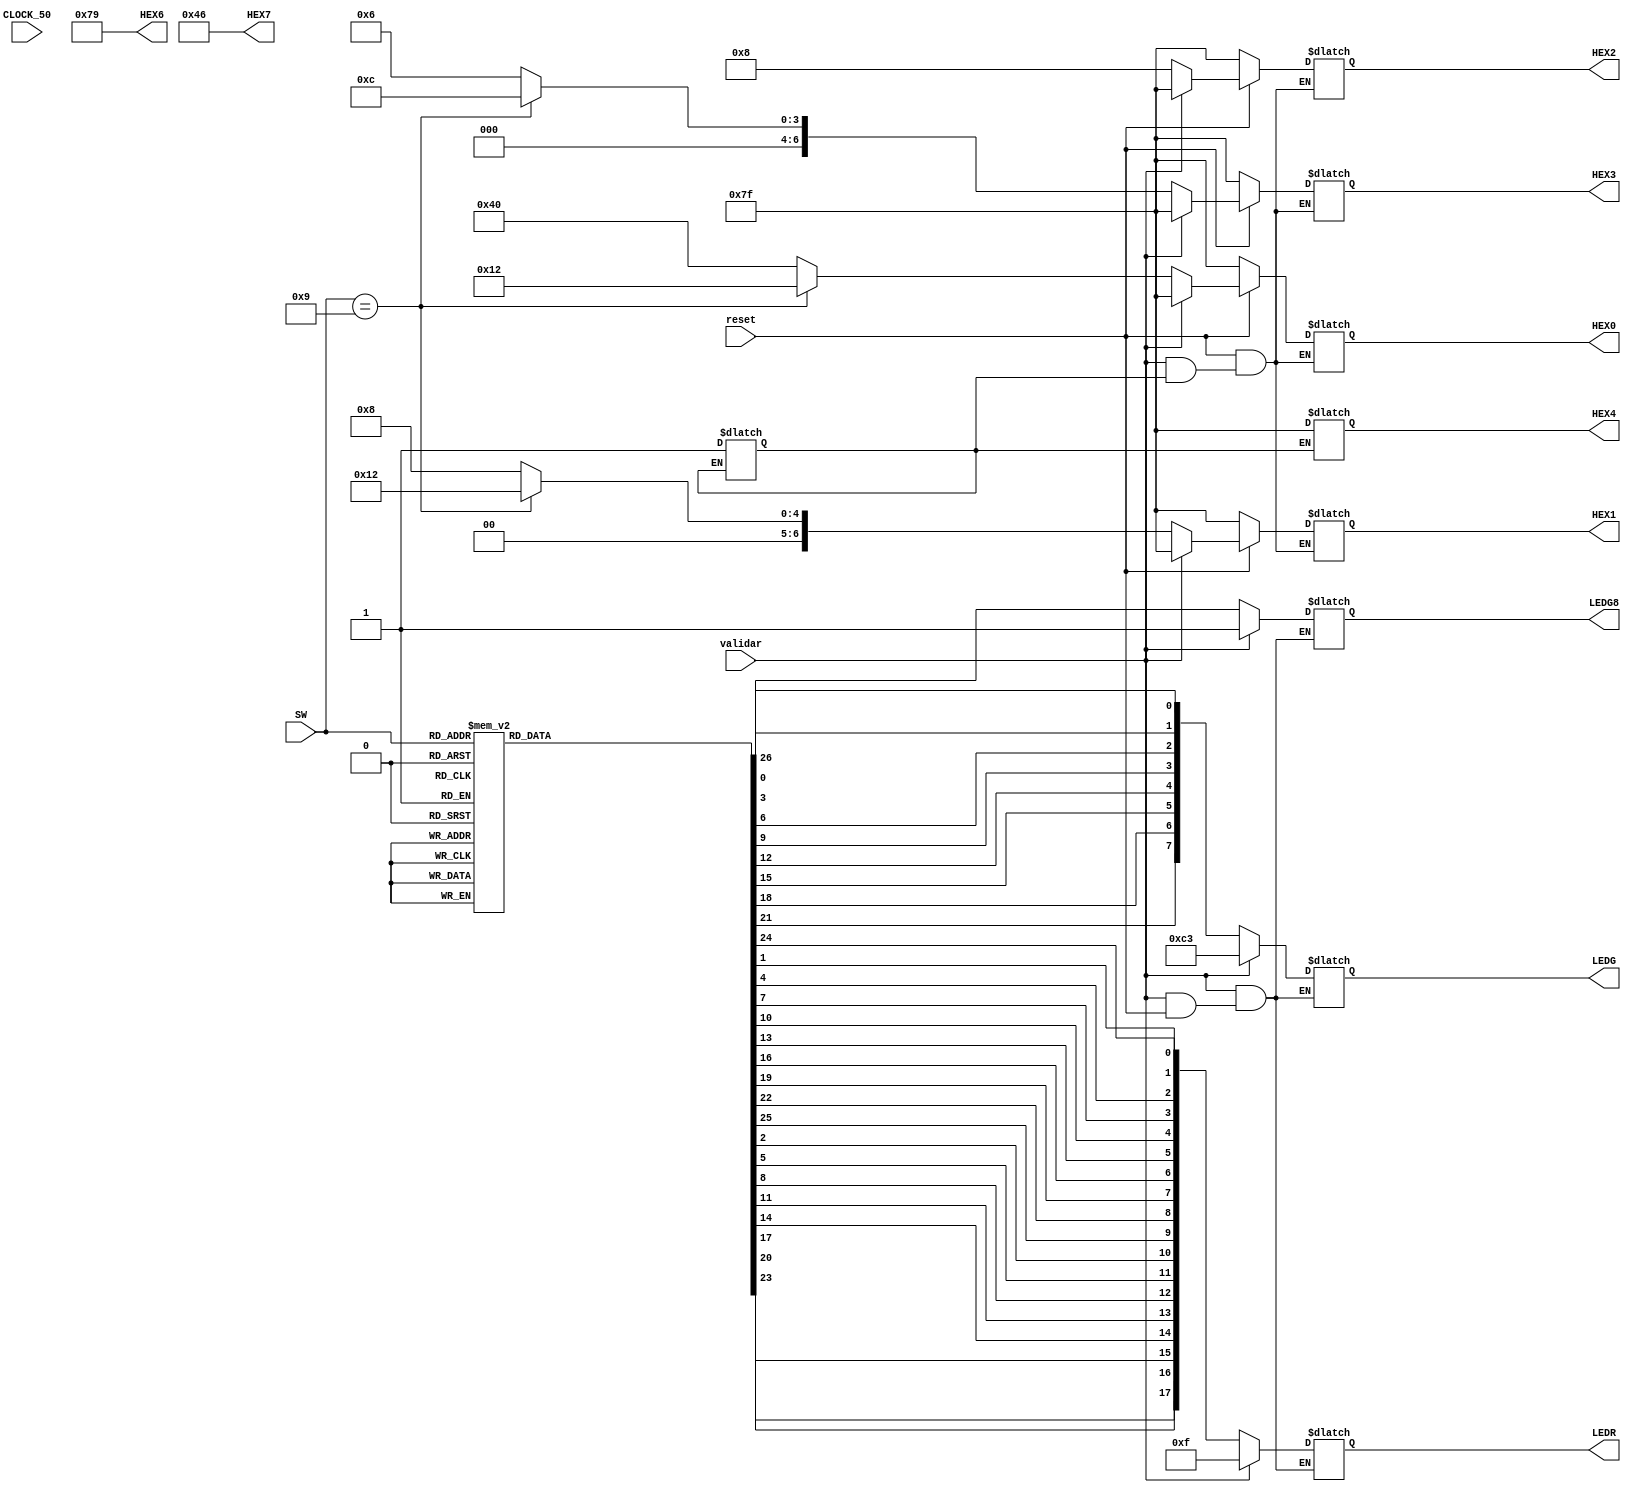
////////////////////////////////////////////////////////////////
////////////////////////////////////////////////////////////////
//// 	Projeto para disciplina de Circuitos Lgicos II		////
//// 														////
////						CI-LOCKER						////
////														////
////	Discentes: Digenes									////
////			   Lucas Jurani Lustosa Lopes				////
////			   Marclio Jnior							////
////														////
////	Professor: Eudisley Anjos							////
////														////
////    Descrio: Prottipo de fechadura utilizando  		////
////			   FPGA Altera DE-2 e linguagem Verilog		////
////			   para o Centro de Informtica.			////
////////////////////////////////////////////////////////////////
////////////////////////////////////////////////////////////////



// Mdulo para declarao das varives e afins

module CILOCKER7SEGv1(
output reg [17:0] LEDR,
output reg [7:0] LEDG,
output reg LEDG8,
output reg [6:0] HEX0, HEX1, HEX2, HEX3, HEX4, HEX6, HEX7,
input validar,reset,CLOCK_50,
input [3:0]SW
);

always @(CLOCK_50) begin
	HEX6 = 7'b1111001;
	HEX7 = 7'b1000110;
end

// Registradores
reg apaga;
reg count = 7'b0000000;

// Instrues para impresso no display 7 segmentos para senha (Correta / Errada)

/*
always @ (validar) begin
	if(validar == 0) begin
		case(SW)
			4'b1001 : begin
				count = count + 1;
			end
		endcase
	end
end
*/
/*
always @ (*) begin	
		case(count)
			0 : begin
				HEX4 = 7'b0000001;
			end
			
			1 : begin
				HEX4 = 7'b1001111;
			end
			2 : begin
				HEX4 = 7'b0010010;
			end
			3 : begin
				HEX4 = 7'b0000110;
			end
			4 : begin
				HEX4 = 7'b1001100;
			end
			5 : begin
				HEX4 = 7'b0100100;
			end
			6 : begin
				HEX4 = 7'b0100000;
			end
			7 : begin
				HEX4 = 7'b0001111;
			end
			8 : begin
				HEX4 = 7'b0000000;
			end
			9 : begin
				HEX4 = 7'b0000100;
			end
		endcase
end
*/
			
always @ (validar or reset) begin	

	if(apaga == 0)begin
				HEX4 = 7'b1111111;
				HEX3 = 7'b1111111;
				HEX2 = 7'b1111111;
				HEX1 = 7'b1111111;
				HEX0 = 7'b1111111;
				apaga = 1;
			end								
	
	if(validar == 0) begin											
		HEX3 = (SW [3:0] == 4'b1001) ?  7'b0001100 : 7'b0000110;	//
		HEX2 = (SW [3:0] == 4'b1001) ?  7'b0001000 : 7'b0001000;	// Condio para que determinado letra aparea
		HEX1 = (SW [3:0] == 4'b1001) ?  7'b0010010 : 7'b0001000;	// nos display 7seg.
		HEX0 = (SW [3:0] == 4'b1001) ?  7'b0010010 : 7'b1000000;	//
		count = count + 1;	
		end															
	if (reset == 0) begin											
		HEX3 = 7'b1111111;											//
		HEX2 = 7'b1111111;											// Condio atrelada ao boto reset para
		HEX1 = 7'b1111111;											// zerar o display 7seg.
		HEX0 = 7'b1111111;											//
		end
end
	
	
// Always para condio de senha com estrutura "CASE"

always @ (validar or reset) begin
 	if(validar == 0) begin
		case(SW) 
			4'b0000: begin 
				LEDG[0] = 1; LEDR[1] = 1; LEDR[10] = 1; 
				LEDG[1] = 1; LEDR[2] = 1; LEDR[11] = 1; 
				LEDG[2] = 0; LEDR[3] = 1; LEDR[12] = 1; 
				LEDG[3] = 0; LEDR[4] = 1; LEDR[13] = 1; 
				LEDG[4] = 0; LEDR[5] = 1; LEDR[14] = 1; 
				LEDG[5] = 0; LEDR[6] = 1; LEDR[15] = 1; 
				LEDG[6] = 0; LEDR[7] = 1; LEDR[16] = 1; 
				LEDG[7] = 0; LEDR[8] = 1; LEDR[17] = 1; 
				LEDR[0] = 1; LEDR[9] = 1; LEDG8    = 0;  
			end 
			
			4'b0001: begin 
				LEDG[0] = 1; LEDR[1] = 1; LEDR[10] = 1; 
				LEDG[1] = 1; LEDR[2] = 1; LEDR[11] = 1; 
				LEDG[2] = 0; LEDR[3] = 1; LEDR[12] = 1; 
				LEDG[3] = 0; LEDR[4] = 1; LEDR[13] = 1; 
				LEDG[4] = 0; LEDR[5] = 1; LEDR[14] = 1; 
				LEDG[5] = 0; LEDR[6] = 1; LEDR[15] = 1; 
				LEDG[6] = 0; LEDR[7] = 1; LEDR[16] = 1; 
				LEDG[7] = 0; LEDR[8] = 1; LEDR[17] = 1; 
				LEDR[0] = 1;  LEDR[9] = 1; LEDG8 = 0;
			end 
			
			4'b0010:begin 
				LEDG[0] = 1; LEDR[1] = 1; LEDR[10] = 1; 
				LEDG[1] = 1; LEDR[2] = 1; LEDR[11] = 1; 
				LEDG[2] = 0; LEDR[3] = 1; LEDR[12] = 1; 
				LEDG[3] = 0; LEDR[4] = 1; LEDR[13] = 1; 
				LEDG[4] = 0; LEDR[5] = 1; LEDR[14] = 1; 
				LEDG[5] = 0; LEDR[6] = 1; LEDR[15] = 1; 
				LEDG[6] = 0; LEDR[7] = 1; LEDR[16] = 1; 
				LEDG[7] = 0; LEDR[8] = 1; LEDR[17] = 1; 
				LEDR[0] = 1;  LEDR[9] = 1; LEDG8 = 0; 
			end 
			
			4'b0011: begin 
				LEDG[0] = 1; LEDR[1] = 1; LEDR[10] = 1; 
				LEDG[1] = 1; LEDR[2] = 1; LEDR[11] = 1; 
				LEDG[2] = 0; LEDR[3] = 1; LEDR[12] = 1; 
				LEDG[3] = 0; LEDR[4] = 1; LEDR[13] = 1; 
				LEDG[4] = 0; LEDR[5] = 1; LEDR[14] = 1; 
				LEDG[5] = 0; LEDR[6] = 1; LEDR[15] = 1; 
				LEDG[6] = 0; LEDR[7] = 1; LEDR[16] = 1; 
				LEDG[7] = 0; LEDR[8] = 1; LEDR[17] = 1; 
				LEDR[0] = 1;  LEDR[9] = 1; LEDG8 = 0;
			end 
			
			4'b0100: begin 
				LEDG[0] = 1; LEDR[1] = 1; LEDR[10] = 1; 
				LEDG[1] = 1; LEDR[2] = 1; LEDR[11] = 1; 
				LEDG[2] = 0; LEDR[3] = 1; LEDR[12] = 1; 
				LEDG[3] = 0; LEDR[4] = 1; LEDR[13] = 1; 
				LEDG[4] = 0; LEDR[5] = 1; LEDR[14] = 1; 
				LEDG[5] = 0; LEDR[6] = 1; LEDR[15] = 1; 
				LEDG[6] = 0; LEDR[7] = 1; LEDR[16] = 1; 
				LEDG[7] = 0; LEDR[8] = 1; LEDR[17] = 1; 
				LEDR[0] = 1;  LEDR[9] = 1; LEDG8 = 0;
			end 
			
			4'b0101: begin 
				LEDG[0] = 1; LEDR[1] = 1; LEDR[10] = 1; 
				LEDG[1] = 1; LEDR[2] = 1; LEDR[11] = 1; 
				LEDG[2] = 0; LEDR[3] = 1; LEDR[12] = 1; 
				LEDG[3] = 0; LEDR[4] = 1; LEDR[13] = 1; 
				LEDG[4] = 0; LEDR[5] = 1; LEDR[14] = 1; 
				LEDG[5] = 0; LEDR[6] = 1; LEDR[15] = 1; 
				LEDG[6] = 0; LEDR[7] = 1; LEDR[16] = 1; 
				LEDG[7] = 0; LEDR[8] = 1; LEDR[17] = 1; 
				LEDR[0] = 1;  LEDR[9] = 1;  LEDG8 = 0;
			end 
			
			4'b0110: begin 
				LEDG[0] = 1; LEDR[1] = 1; LEDR[10] = 1; 
				LEDG[1] = 1; LEDR[2] = 1; LEDR[11] = 1; 
				LEDG[2] = 0; LEDR[3] = 1; LEDR[12] = 1; 
				LEDG[3] = 0; LEDR[4] = 1; LEDR[13] = 1; 
				LEDG[4] = 0; LEDR[5] = 1; LEDR[14] = 1; 
				LEDG[5] = 0; LEDR[6] = 1; LEDR[15] = 1; 
				LEDG[6] = 0; LEDR[7] = 1; LEDR[16] = 1; 
				LEDG[7] = 0; LEDR[8] = 1; LEDR[17] = 1; 
				LEDR[0] = 1;  LEDR[9] = 1; LEDG8 = 0;
		 	end 
			
			4'b0111:begin 
				LEDG[0] = 1; LEDR[1] = 1; LEDR[10] = 1; 
				LEDG[1] = 1; LEDR[2] = 1; LEDR[11] = 1; 
				LEDG[2] = 0; LEDR[3] = 1; LEDR[12] = 1; 
				LEDG[3] = 0; LEDR[4] = 1; LEDR[13] = 1; 
				LEDG[4] = 0; LEDR[5] = 1; LEDR[14] = 1; 
				LEDG[5] = 0; LEDR[6] = 1; LEDR[15] = 1; 
				LEDG[6] = 0; LEDR[7] = 1; LEDR[16] = 1; 
				LEDG[7] = 0; LEDR[8] = 1; LEDR[17] = 1; 
				LEDR[0] = 1;  LEDR[9] = 1; LEDG8 = 0;
			end 
			
			4'b1000: begin 
				LEDG[0] = 1; LEDR[1] = 1; LEDR[10] = 1; 
				LEDG[1] = 1; LEDR[2] = 1; LEDR[11] = 1; 
				LEDG[2] = 0; LEDR[3] = 1; LEDR[12] = 1; 
				LEDG[3] = 0; LEDR[4] = 1; LEDR[13] = 1; 
				LEDG[4] = 0; LEDR[5] = 1; LEDR[14] = 1; 
				LEDG[5] = 0; LEDR[6] = 1; LEDR[15] = 1; 
				LEDG[6] = 0; LEDR[7] = 1; LEDR[16] = 1; 
				LEDG[7] = 0; LEDR[8] = 1; LEDR[17] = 1; 
				LEDR[0] = 1;  LEDR[9] = 1; LEDG8 = 0;
			end 
			
			// --------------------CONDIO CORRETA------------------//
			4'b1001: begin
				LEDG[0] = 1; LEDR[1] = 0; LEDR[10] = 0; 			//
				LEDG[1] = 1; LEDR[2] = 0; LEDR[11] = 0; 			//
				LEDG[2] = 1; LEDR[3] = 0; LEDR[12] = 0; 			//
				LEDG[3] = 1; LEDR[4] = 0; LEDR[13] = 0; 			//
				LEDG[4] = 1; LEDR[5] = 0; LEDR[14] = 0; 			//
				LEDG[5] = 1; LEDR[6] = 0; LEDR[15] = 0; 			//
				LEDG[6] = 1; LEDR[7] = 0; LEDR[16] = 0; 			//
				LEDG[7] = 1; LEDR[8] = 0; LEDR[17] = 0; 			//
				LEDR[0] = 0; LEDR[9] = 0; LEDG8    = 0;				//
			end
			// --------------------CONDIO CORRETA------------------//
			
			4'b1010: begin 
				LEDG[0] = 1; LEDR[1] = 1; LEDR[10] = 1; 
				LEDG[1] = 1; LEDR[2] = 1; LEDR[11] = 1; 
				LEDG[2] = 0; LEDR[3] = 1; LEDR[12] = 1; 
				LEDG[3] = 0; LEDR[4] = 1; LEDR[13] = 1; 
				LEDG[4] = 0; LEDR[5] = 1; LEDR[14] = 1; 
				LEDG[5] = 0; LEDR[6] = 1; LEDR[15] = 1; 
				LEDG[6] = 0; LEDR[7] = 1; LEDR[16] = 1; 
				LEDG[7] = 0; LEDR[8] = 1; LEDR[17] = 1; 
				LEDR[0] = 1;  LEDR[9] = 1; LEDG8 = 0;
				
			end 
			
			4'b1011:begin 
				LEDG[0] = 1; LEDR[1] = 1; LEDR[10] = 1; 
				LEDG[1] = 1; LEDR[2] = 1; LEDR[11] = 1; 
				LEDG[2] = 0; LEDR[3] = 1; LEDR[12] = 1; 
				LEDG[3] = 0; LEDR[4] = 1; LEDR[13] = 1; 
				LEDG[4] = 0; LEDR[5] = 1; LEDR[14] = 1; 
				LEDG[5] = 0; LEDR[6] = 1; LEDR[15] = 1; 
				LEDG[6] = 0; LEDR[7] = 1; LEDR[16] = 1; 
				LEDG[7] = 0; LEDR[8] = 1; LEDR[17] = 1; 
				LEDR[0] = 1;  LEDR[9] = 1; LEDG8 = 0;
				
			end 
						
			4'b1100: begin 
				LEDG[0] = 1; LEDR[1] = 1; LEDR[10] = 1; 
				LEDG[1] = 1; LEDR[2] = 1; LEDR[11] = 1; 
				LEDG[2] = 0; LEDR[3] = 1; LEDR[12] = 1; 
				LEDG[3] = 0; LEDR[4] = 1; LEDR[13] = 1; 
				LEDG[4] = 0; LEDR[5] = 1; LEDR[14] = 1; 
				LEDG[5] = 0; LEDR[6] = 1; LEDR[15] = 1; 
				LEDG[6] = 0; LEDR[7] = 1; LEDR[16] = 1; 
				LEDG[7] = 0; LEDR[8] = 1; LEDR[17] = 1; 
				LEDR[0] = 1;  LEDR[9] = 1; LEDG8 = 0;
				
			end 
			
			4'b1101:begin 
				LEDG[0] = 1; LEDR[1] = 1; LEDR[10] = 1; 
				LEDG[1] = 1; LEDR[2] = 1; LEDR[11] = 1; 
				LEDG[2] = 0; LEDR[3] = 1; LEDR[12] = 1; 
				LEDG[3] = 0; LEDR[4] = 1; LEDR[13] = 1; 
				LEDG[4] = 0; LEDR[5] = 1; LEDR[14] = 1; 
				LEDG[5] = 0; LEDR[6] = 1; LEDR[15] = 1; 
				LEDG[6] = 0; LEDR[7] = 1; LEDR[16] = 1; 
				LEDG[7] = 0; LEDR[8] = 1; LEDR[17] = 1; 
				LEDR[0] = 1;  LEDR[9] = 1; LEDG8 = 0;
				
			end 
			
			4'b1110: begin 
				LEDG[0] = 1; LEDR[1] = 1; LEDR[10] = 1; 
				LEDG[1] = 1; LEDR[2] = 1; LEDR[11] = 1; 
				LEDG[2] = 0; LEDR[3] = 1; LEDR[12] = 1; 
				LEDG[3] = 0; LEDR[4] = 1; LEDR[13] = 1; 
				LEDG[4] = 0; LEDR[5] = 1; LEDR[14] = 1; 
				LEDG[5] = 0; LEDR[6] = 1; LEDR[15] = 1; 
				LEDG[6] = 0; LEDR[7] = 1; LEDR[16] = 1; 
				LEDG[7] = 0; LEDR[8] = 1; LEDR[17] = 1; 
				LEDR[0] = 1;  LEDR[9] = 1; LEDG8 = 0;
				
			end 
			
			4'b1111:begin 
				LEDG[0] = 1; LEDR[1] = 1; LEDR[10] = 1; 
				LEDG[1] = 1; LEDR[2] = 1; LEDR[11] = 1; 
				LEDG[2] = 0; LEDR[3] = 1; LEDR[12] = 1; 
				LEDG[3] = 0; LEDR[4] = 1; LEDR[13] = 1; 
				LEDG[4] = 0; LEDR[5] = 1; LEDR[14] = 1; 
				LEDG[5] = 0; LEDR[6] = 1; LEDR[15] = 1; 
				LEDG[6] = 0; LEDR[7] = 1; LEDR[16] = 1; 
				LEDG[7] = 0; LEDR[8] = 1; LEDR[17] = 1; 
				LEDR[0] = 1;  LEDR[9] = 1; LEDG8 = 0;
				
			end 
		endcase // FIM DO CASE
	end // FIM DO IF
	
	else if(reset == 0) begin			
		LEDG[0] = 1; LEDR[1] = 1; LEDR[10] = 0; 
		LEDG[1] = 1; LEDR[2] = 1; LEDR[11] = 0; 
		LEDG[2] = 0; LEDR[3] = 1; LEDR[12] = 0; 
		LEDG[3] = 0; LEDR[4] = 0; LEDR[13] = 0; 
		LEDG[4] = 0; LEDR[5] = 0; LEDR[14] = 0; 
		LEDG[5] = 0; LEDR[6] = 0; LEDR[15] = 0; 
		LEDG[6] = 1; LEDR[7] = 0; LEDR[16] = 0; 
		LEDG[7] = 1; LEDR[8] = 0; LEDR[17] = 0; 
		LEDR[0] = 1;  LEDR[9] = 0; LEDG8 = 1;
	end // FIM DO ELSE-IF

end // FIM DO ALWAYS

		
endmodule